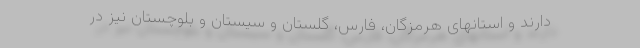
دارند و استانهای هرمزگان، فارس، گلستان و سیستان و بلوچستان نیز در